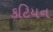
કટિયન